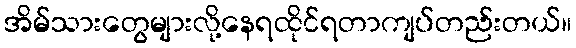
အိမ်သားတွေများလို့နေရထိုင်ရတာကျပ်တည်းတယ်။